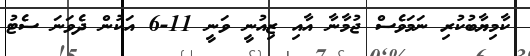
ކާމިޔާބުކުރި ނަމަވެސް ޖުމާނާ އާއި ޒިއުނީ ވަނީ 11-6 އަކުން ދެވަނަ ސެޓު